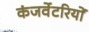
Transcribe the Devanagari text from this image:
कंजर्वेटरियों